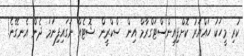
ކުރި މީހަކު ހައްޔަރު ކޮށްފިއިންސްޓަގްރާމް އިން ސްކްރީން ޝޮޓެއް ނަގައިފިނަމަ ދެން އެނގޭނެ!